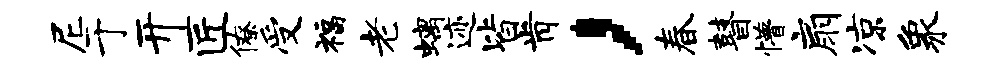
尼于开匠僚受福老螭迹皆肯，春瞽懵扇凉象